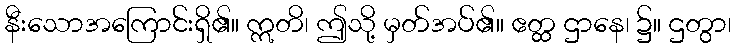
နီးသောအကြောင်းရှိ၏။ ဣတိ၊ ဤသို့ မှတ်အပ်၏။ ဧတ္ထ ဌာနေ၊ ၌။ ဌတွာ၊